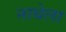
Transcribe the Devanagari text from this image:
नाथेला